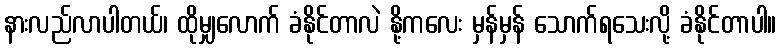
နားလည်လာပါတယ်၊ ထိုမျှလောက် ခံနိုင်တာလဲ နို့ကလေး မှန်မှန် သောက်ရသေးလို့ ခံနိုင်တာပါ။